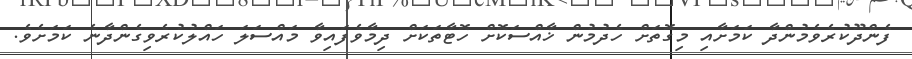
ފެންދޫކުރެވެމުންދާ ކަމަށާއި މިގޮތަށް ހެދުމުން ޚާއްސަކޮށް ހޮޓާތަކަށް ދިމާވެފައިވާ މައްސަލަ ހައްލުކުރެވިގެންދާނެ ކަމަށެވެ.